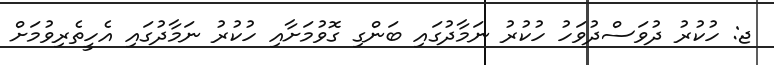
ޖ: ހުކުރު ދުވަސްދުވަހު ހުކުރު ނަމާދުގައި ބަންގި ގޮވުމަށާއި ހުކުރު ނަމާދުގައި އެހީތެރިވުމަށް